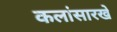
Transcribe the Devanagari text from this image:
कलांसारखे